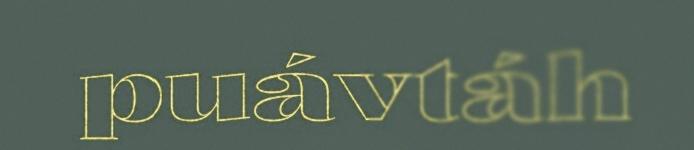
puávtáh